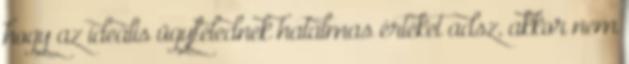
hogy az ideális ügyfelednek hatalmas értéket adsz, akkor nem